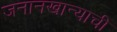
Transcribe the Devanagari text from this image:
जनानखान्याची